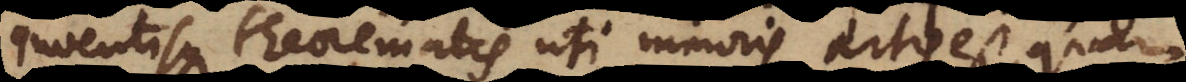
inventisque theorematis uti minoris artis est, quam